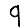
Digit: 9